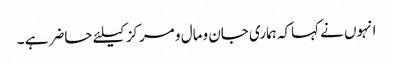
انہوں نے کہاکہ ہماری جان ومال و مرکزکیلئے حاضر ہے ۔